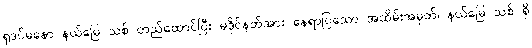
ရှဒပ်မနော နယ်မြေ သစ် တည်ထောင်ပြီး မဒိုင်နတ်အား နေရာပြသော အထိမ်းအမှတ်၊ နယ်မြေ သစ် ရှိ